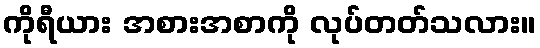
ကိုရီယား အစားအစာကို လုပ်တတ်သလား။